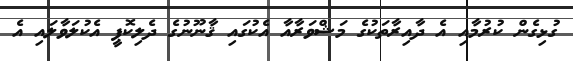
ގުޅިގެން ކުރުމާއި އެ ދާއިރާތަކުގެ މަޝްވަރާއާ އެކުގައި ޤާނޫނުގެ ދެލިކޮޕީ އެކުލަވާލައި އެ